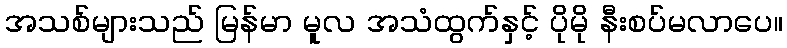
အသစ်များသည် မြန်မာ မူလ အသံထွက်နှင့် ပိုမို နီးစပ်မလာပေ။